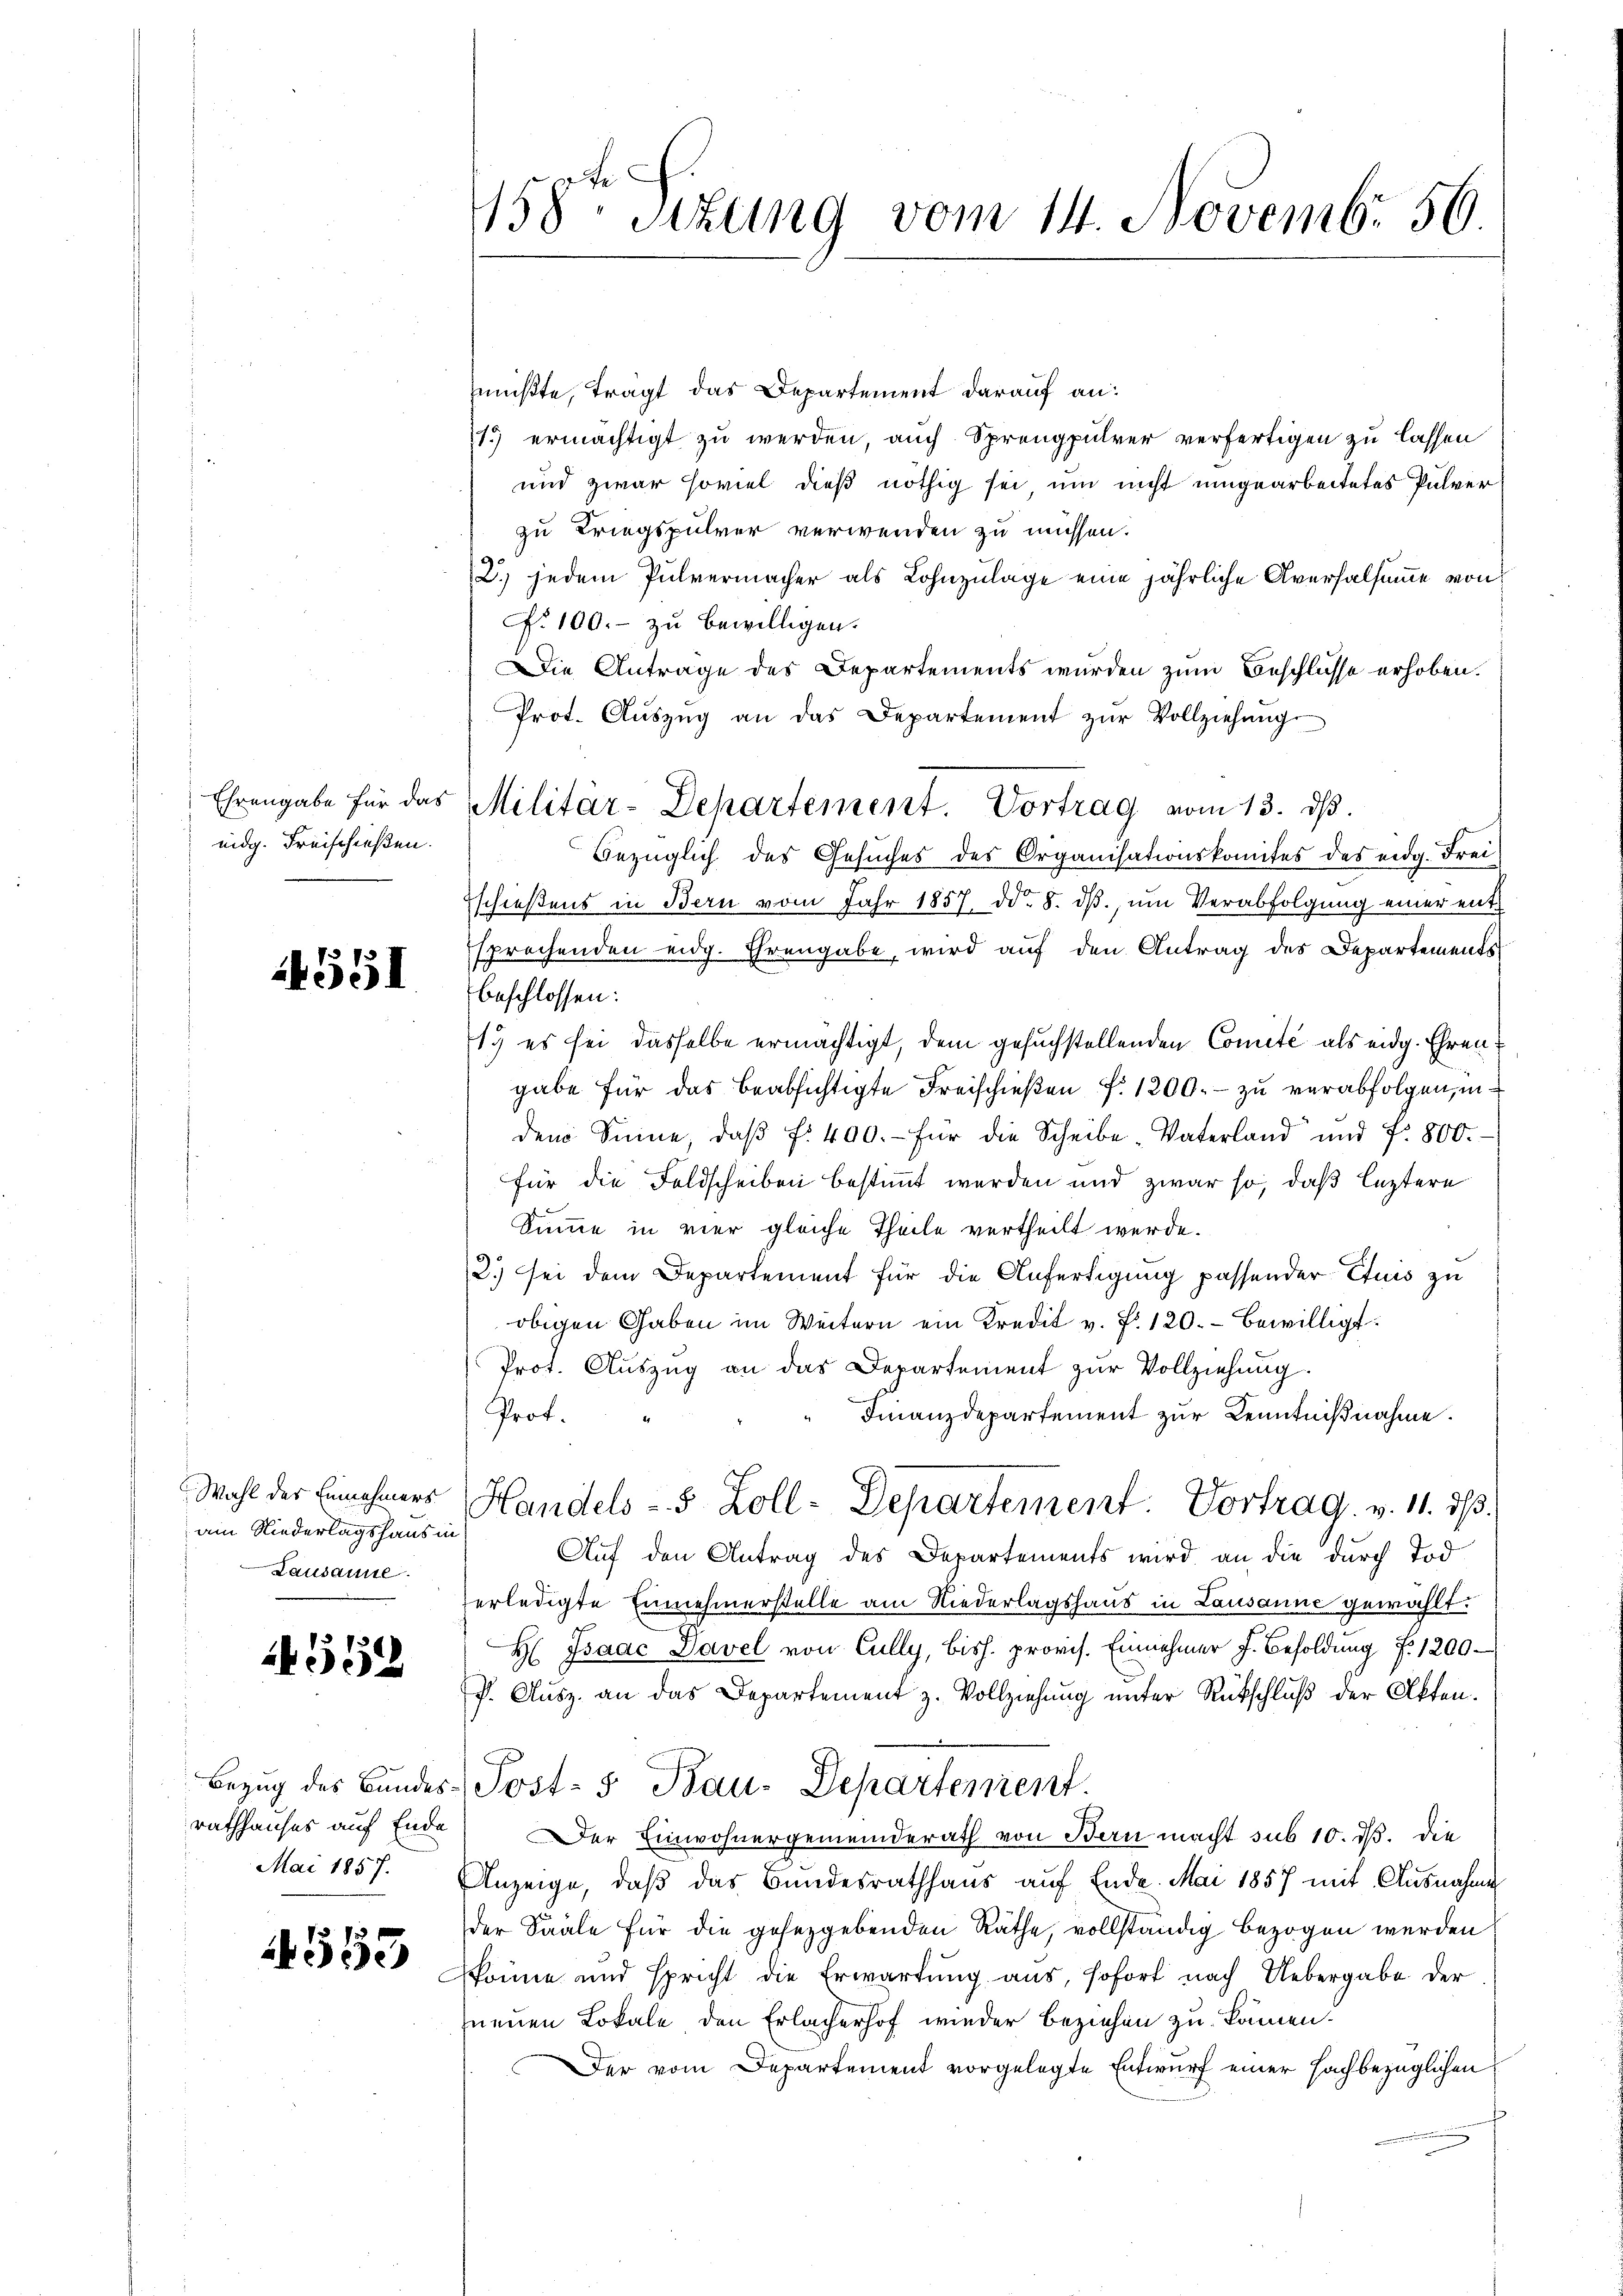
Ehrengabe für das
eidg. Freischießen.

4551

Wahl des Einnahmers
am Niederlagshaus in
Lausanne.

2452

rathhauses auf Ende
Mai 1857.

4553

158te Sizung vom 14. Novembr 56

mußte, tragt das Departement darauf an:
1) ermächtigt zu werden auch Sprengpulver verfertigen zu lassen
und zwar soviel dieß nöthig sei um nicht umgearbeitetes Pulver
zu Kriegspulver verwenden zu müssen.
2) jedem Pulvermacher als Lohnzulage eine jährliche Aversalsumme von
No 100.- zu bewilligen.
Die Antrage des Departements wurden zum Beschlüsse erhoben.
Prot. Aŭszŭg an das Departement zŭr Vollziehŭng
Militär-Departement. Vortrag vom 13. dβ.
Bezüglich des Gesuches des Organisationskomites des eidg. Frei
schieβens in Bern vom Jahr 1857 dd. 8. dβ, ŭm Verabfolgung einer ent¬
Esprochenden eidg. Ehrengabe, wird auf den Antrag des Departements
beschlossen:
1. es sei dasselbe ermächtigt, dem gesuchstellenden Comité als eidg. Ehrengabe für das beabsichtigte Freischießen f. 1200. zu verabfolgen, in
dem Sinne, daβ f. 400.- für die Scheibe-Vaterland und f. 800.-
für die Feldscheiben bestimmt werden und zwar so, daß leztere
Summe in vier gleiche Theile vertheilt werde.
2.) sei dem Departement für die Anfertigung passender Etuis zu
obigen Gaben im Weitern ein Kredit v. fr. 120. Bewilligt.
Prot. Auszug an das Departement zur Vollziehung.
Prof.
Finanzdepartement zur Kenntnißnahme.
Handels-S. Zoll-Departement Vortrag. v. 11. ds.
Auf den Antrag des Departements wird an die durch Tod
erledigte Einnehmerstelle am Niederlagshaus in Lausanne gewählt.
H: Isaac Davel von Cully, bish. provis. Einnehmer J. Besoldŭng f. 1200.
P. Ausz. an das Departement z. Vollziehung unter Rückschluß der Akten.
Bezug des Bundes-Post- 5 Bau-Departement.
Der Einwohnergemeinderath von Bern macht sub 10. ds. die
Anzeige, daβ das Bundesrathhaŭs aŭf Ende. Mai 1857 mit Ausnahme
der Saale für die gesetzgebenden Räthe, vollständig bezogen werden
könne und spricht die Erwartung aus, sofort nach Uebergabe der
neuen Lokale den Erlacherhof wieder beziehen zu können.
Der vom Departement vorgelegte Entwurf einer sachbezüglichen